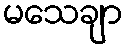
မသေချာ